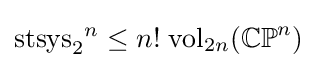
\mathrm {stsys} _{2}{}^{n}\leq n!\;\mathrm {vol} _{2n}(\mathbb {CP} ^{n})